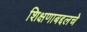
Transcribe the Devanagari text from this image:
शिक्षणाबद्दलचे